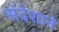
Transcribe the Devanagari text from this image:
संदेशाने